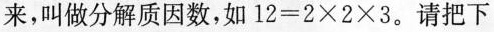
来，叫做分解质因数，如 $$1 2 = 2 \times 2 \times 3$$ 。请把下